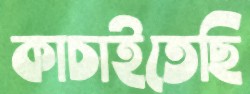
কাচাইতেছি